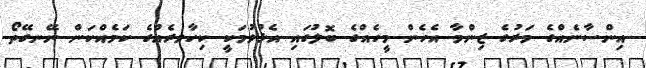
އިންސާނެއްގެ މަރުގެ ޒިންމާ އެހެން މީހެއްގެ ބޮލުގައި އެޅުވުމަކީ ކިހާވރެއްގެ ކަމެއްކަން ނޭނގޭތޯ